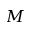
M